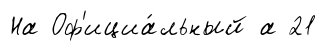
На Оф'ициа́льный а 21